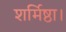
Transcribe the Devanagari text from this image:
शर्मिष्ठा।